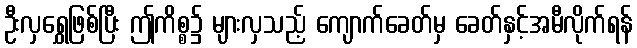
ဦးလှရွှေဖြစ်ပြီး ဤကိစ္စ၌ များလှသည့် ကျောက်ခေတ်မှ ခေတ်နှင့်အမီလိုက်ရန်